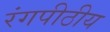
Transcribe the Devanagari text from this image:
रंगपीठीय